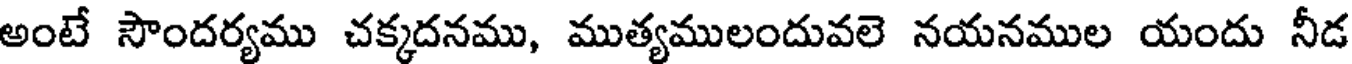
అంటే సౌందర్యము చక్కదనము, ముత్యములందువలె నయనముల యందు నీడ